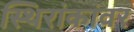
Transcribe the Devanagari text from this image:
स्थिरांकांवर